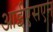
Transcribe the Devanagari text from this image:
आईएसएन